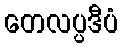
တေလပ္ပဒီပံ